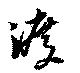
渡